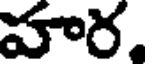
హర.